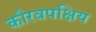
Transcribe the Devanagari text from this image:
कौरवपक्षिय